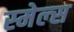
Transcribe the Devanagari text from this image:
स्‍मेल्‍स